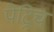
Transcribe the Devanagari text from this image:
पेट्रिच